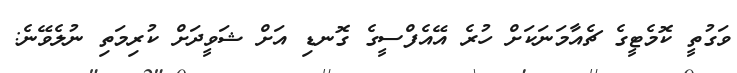
ވަގުތީ ކޮމެޓީގެ ޗެއާމަނަކަށް ހުރެ އޭއެފްސީގެ ގޮނޑި އަށް ޝަވީދަށް ކުރިމަތި ނުލެވޭނެ: